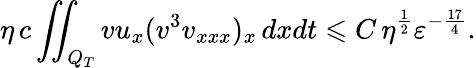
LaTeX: \eta\, c\iint_{Q_{T}}{vu_{x}(v^{3}v_{xxx})_{x}\, dxdt}\leqslant C\, \eta^{\frac{1}{2}}\varepsilon^{-\frac{17}{4}}.